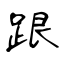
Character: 跟